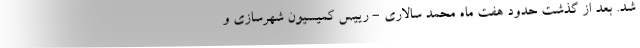
شد. بعد از گذشت حدود هفت ماه محمد سالاری - رییس کمیسیون شهرسازی و